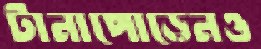
টানাপোড়েনও